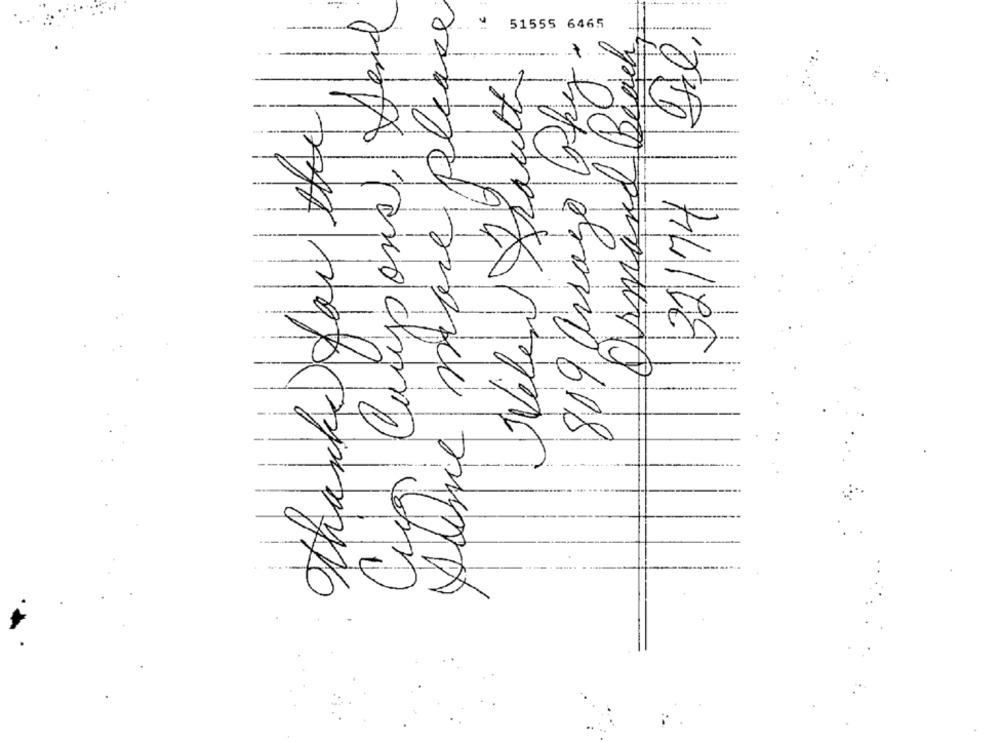
Aline mapre please
Co Campone Dend
51555 6465
Armand Beach,
809 arrayo Losky
thanks for the
32174